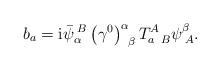
LaTeX: \begin{align*}b_{a}=\mathrm{i}\bar{\psi}_{\alpha }^{\;B}\left( \gamma ^{0}\right)_{\;\;\beta }^{\alpha }T_{a\;\;B}^{A}\psi _{\;A}^{\beta }. \end{align*}